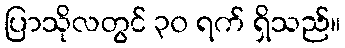
ပြာသိုလတွင် ၃၀ ရက် ရှိသည်။